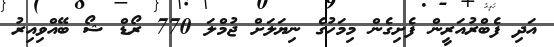
އަދި ފެބްރުއަރީން ފެށިގެން މިމަހުގެ ނިޔަލަށް ޖުމްލަ 770 ރޯޑް ޝޯ ބޭއްވިއިރު